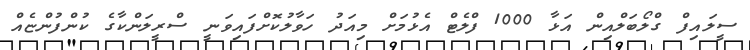
ސީލައިފް ގްލޯބަލްއިން އަޅާ 1000 ފްލެޓް އެޅުމަށް މިއަދު ހަވާލުކޮށްފައިވަނީ ސްރީލަންކާގެ ކުންފުންޏެއް